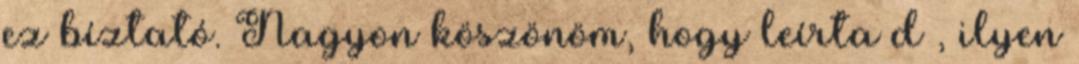
ez bíztató. Nagyon köszönöm, hogy leírta d , ilyen